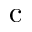
\mathrm { c }